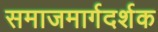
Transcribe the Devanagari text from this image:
समाजमार्गदर्शक